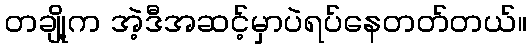
တချို့က အဲ့ဒီအဆင့်မှာပဲရပ်နေတတ်တယ်။